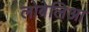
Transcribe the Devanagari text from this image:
लोबेलिआ